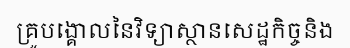
គ្រូបង្គោលនៃវិទ្យាស្ថានសេដ្ឋកិច្ចនិង